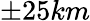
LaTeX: \pm 25km